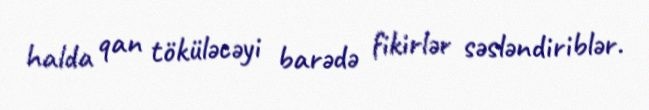
halda qan töküləcəyi barədə fikirlər səsləndiriblər.